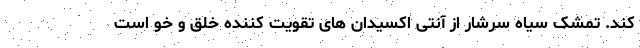
کند. تمشک سیاه سرشار از آنتی اکسیدان های تقویت کننده خلق و خو است